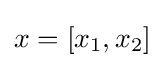
x=[x_{1},x_{2}]